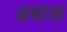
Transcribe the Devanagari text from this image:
अबाल